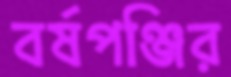
বর্ষপঞ্জির